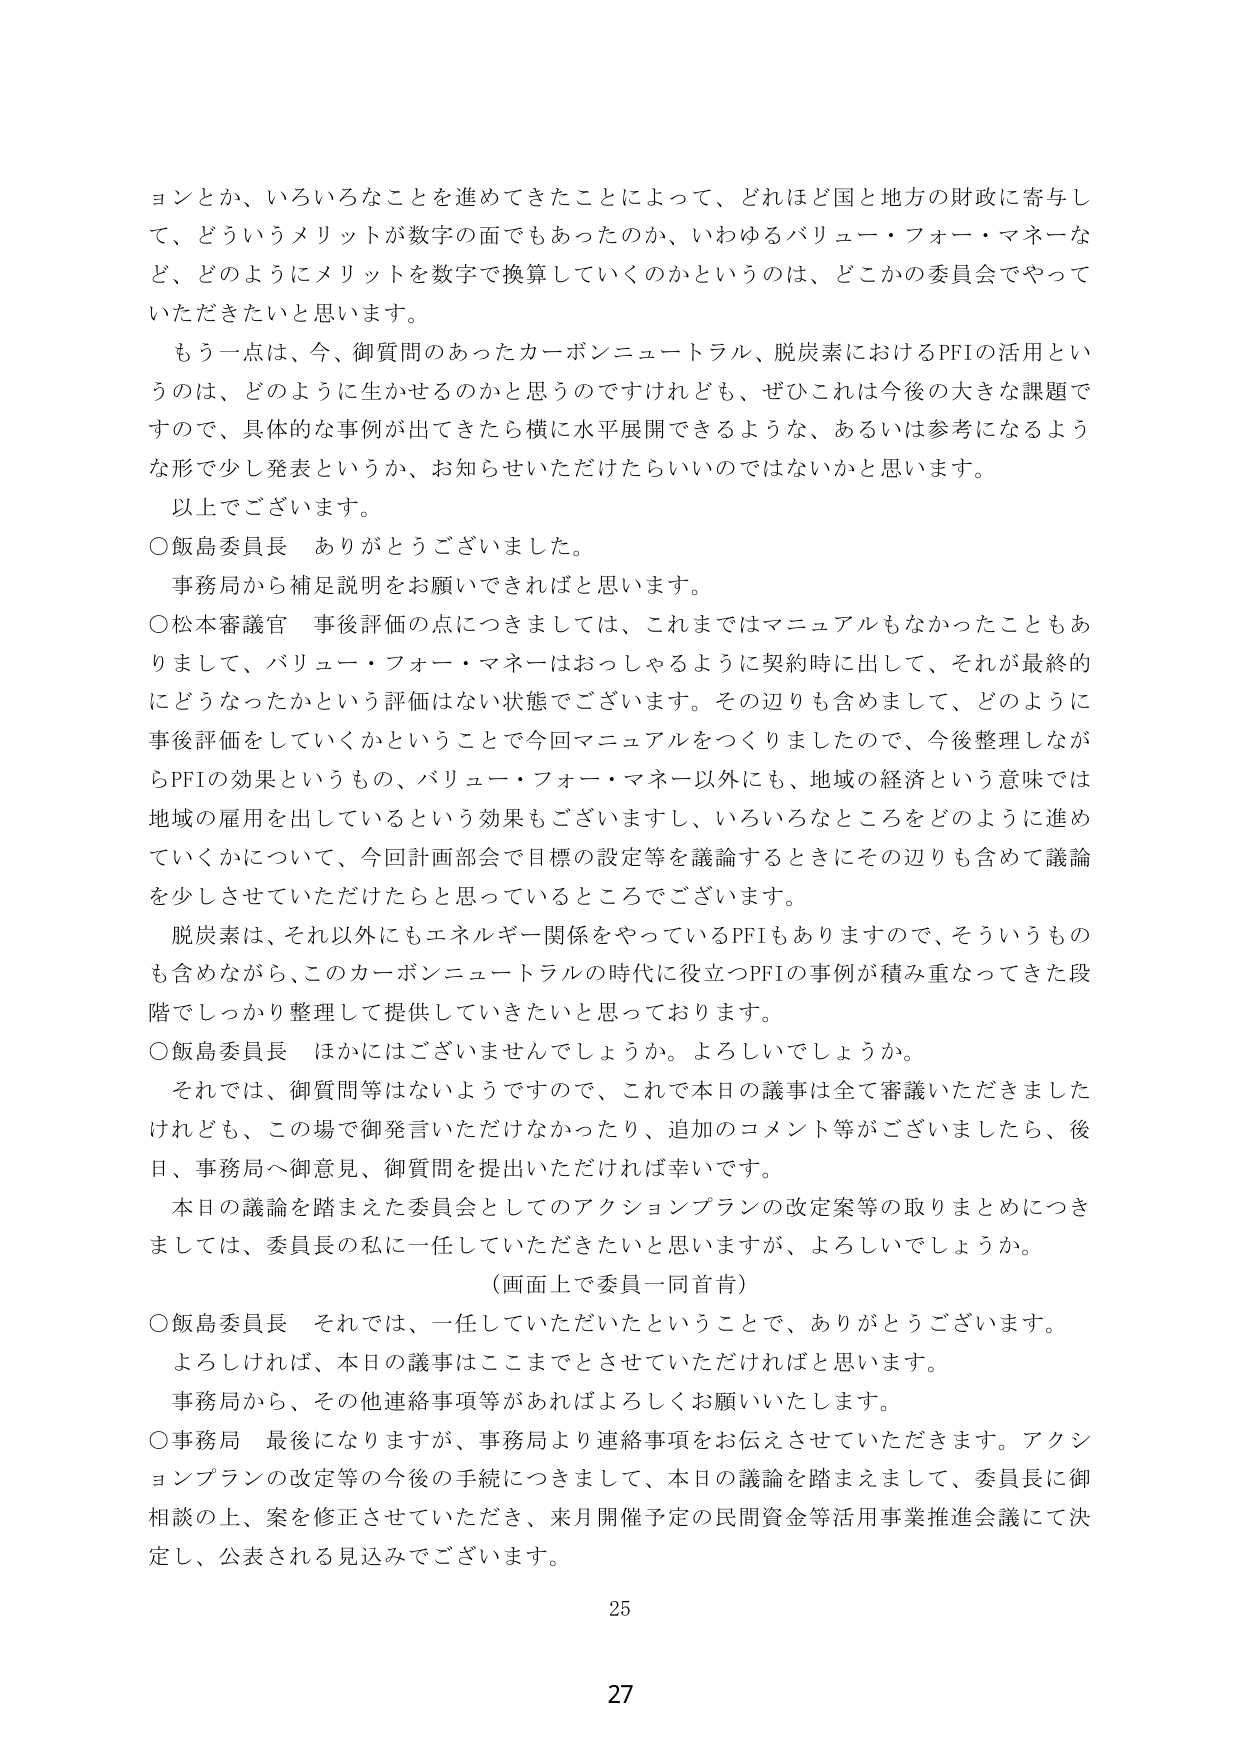
ョンとか、いろいろなことを進めてきたことによって、どれほど国と地方の財政に寄与して、どういうメリットが数字の面でもあったのか、いわゆるバリュー・フォー・マネーなど、どのようにメリットを数字で換算していくのかというのは、どこかの委員会でやっていただきたいと思います。

もう一点は、今、御質問のあったカーボンニュートラル、脱炭素におけるPFIの活用というのは、どのように生かせるのかと思うのですけれども、ぜひこれは今後の大きな課題ですので、具体的な事例が出てきたら横に水平展開できるような、あるいは参考になるような形で少し発表というか、お知らせいただけたらいいのではないかと思います。

以上でございます。

○飯島委員長　ありがとうございました。

事務局から補足説明をお願いできればと思います。

○松本審議官　事後評価の点につきましては、これまではマニュアルもなかったこともありまして、バリュー・フォー・マネーはおっしゃるように契約時に出して、それが最終的にどうなったかという評価はない状態でございます。その辺りも含めまして、どのように事後評価をしていくかということで今回マニュアルをつくりましたので、今後整理しながらPFIの効果というもの、バリュー・フォー・マネー以外にも、地域の経済という意味では地域の雇用を出しているという効果もございますし、いろいろなところをどのように進めていくかについて、今回計画部会で目標の設定等を議論するときにその辺りも含めて議論を少しずらしていただけたらと思っているところでございます。

脱炭素は、それ以外にもエネルギー関係をやっているPFIもありますので、そういうものも含めながら、このカーボンニュートラルの時代に役立つPFIの事例が積み重なってきた段階でしっかり整理して提供していきたいと思っております。

○飯島委員長　ほかにはございませんでしょうか。よろしいでしょうか。

それでは、御質問等はないようですので、これで本日の議事は全て審議いただきましたけれども、この場で御発言いただけなかったり、追加のコメント等がございましたら、後日、事務局へ御意見、御質問を提出いただければ幸いです。

本日の議論を踏まえた委員会としてのアクションプランの改定案等の取りまとめにつきましては、委員長の私に一任していただきたいと思いますが、よろしいでしょうか。

（画面上で委員一同首肯）

○飯島委員長　それでは、一任していただいたということで、ありがとうございます。

よろしければ、本日の議事はここまでとさせていただければと思います。

事務局から、その他連絡事項等があればよろしくお願いいたします。

○事務局　最後になりますが、事務局より連絡事項をお伝えさせていただきます。アクションプランの改定等の今後の手続につきまして、本日の議論を踏まえまして、委員長に御相談の上、案を修正させていただき、来月開催予定の民間資金等活用事業推進会議にて決定し、公表される見込みでございます。

25

27